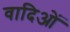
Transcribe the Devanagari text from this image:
वादिओं